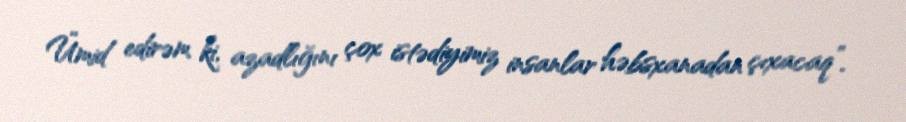
Ümid edirəm ki, azadlığını çox istədiyimiz insanlar həbsxanadan çıxacaq”.